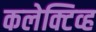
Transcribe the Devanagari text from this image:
कलेक्टिव्ह